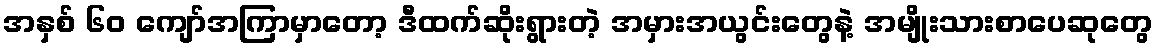
အနှစ် ၆၀ ကျော်အကြာမှာတော့ ဒီထက်ဆိုးရွားတဲ့ အမှားအယွင်းတွေနဲ့ အမျိုးသားစာပေဆုတွေ